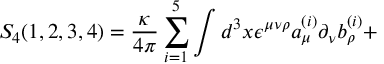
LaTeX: S _ { 4 } ( 1 , 2 , 3 , 4 ) = { \frac { \kappa } { 4 \pi } } \sum _ { i = 1 } ^ { 5 } \int d ^ { 3 } x \epsilon ^ { \mu \nu \rho } a _ { \mu } ^ { ( i ) } \partial _ { \nu } b _ { \rho } ^ { ( i ) } +